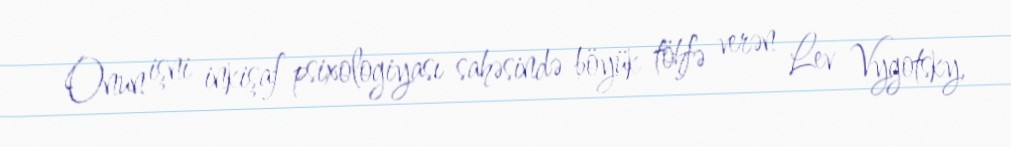
Onun işni inkişaf psixologiyası sahəsində böyük töhfə verən Lev Vygotsky,